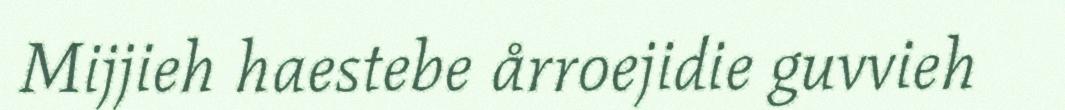
Mijjieh haestebe årroejidie guvvieh